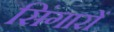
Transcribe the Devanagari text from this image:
सिंगारों